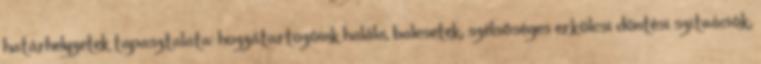
határhelyzetek tapasztalata: hozzátartozóink halála, balesetek, szélsőséges erkölcsi döntési szituációk,